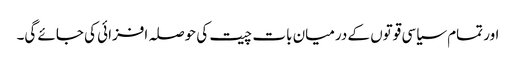
اور تمام سیاسی قوتوں کے درمیان بات چیت کی حوصلہ افزائی کی جائے گی۔